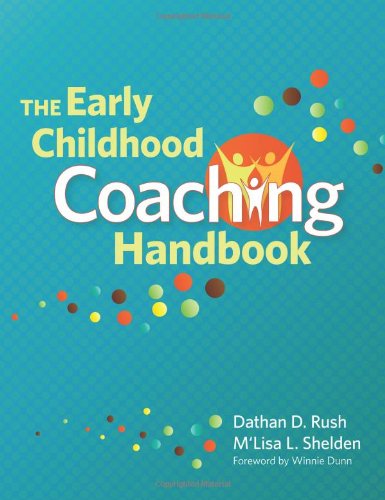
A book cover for The Early Childhood Coaching Handbook; Dathan Rush "Ed.D.  CCC-SLP"; Parenting & Relationships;